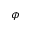
\phi